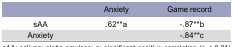
|  | Anxiety | Game record |
 | --- | --- | --- |
 | sAA | .62**a | -.87**b |
 | Anxiety |  | -.84**c |